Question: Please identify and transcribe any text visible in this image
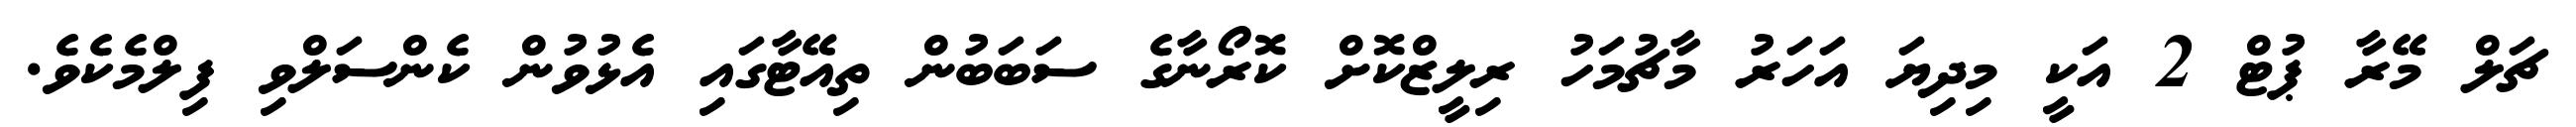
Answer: ޗަލް މޭރާ ޕުޓް 2 އަކީ މިދިޔަ އަހަރު މާޗުމަހު ރިލީޒްކޮށް ކޮރޯނާގެ ސަބަބުން ތިއޭޓާގައި އެޅުވުން ކެންސަލްވި ފިލްމެކެވެ.